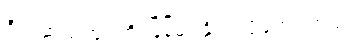
ဒီ ပါဆယ်ထုပ်ကို မြန်မာ နိုင်ငံ ပို့ချင်ပါတယ်။